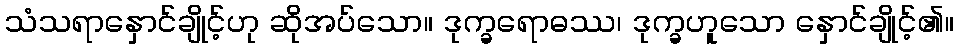
သံသရာနှောင်ချိုင့်ဟု ဆိုအပ်သော။ ဒုက္ခရောဓဿ၊ ဒုက္ခဟူသော နှောင်ချိုင့်၏။